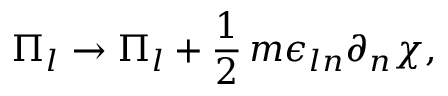
\Pi _ { l } \rightarrow \Pi _ { l } + \frac { 1 } { 2 } \, m \epsilon _ { l n } \partial _ { n } \chi ,